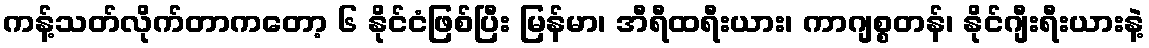
ကန့်သတ်လိုက်တာကတော့ ၆ နိုင်ငံဖြစ်ပြီး မြန်မာ၊ အီရီထရီးယား၊ ကာဂျစ္စတန်၊ နိုင်ဂျီးရီးယားနဲ့